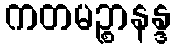
ကတမဉ္စာနန္ဒ